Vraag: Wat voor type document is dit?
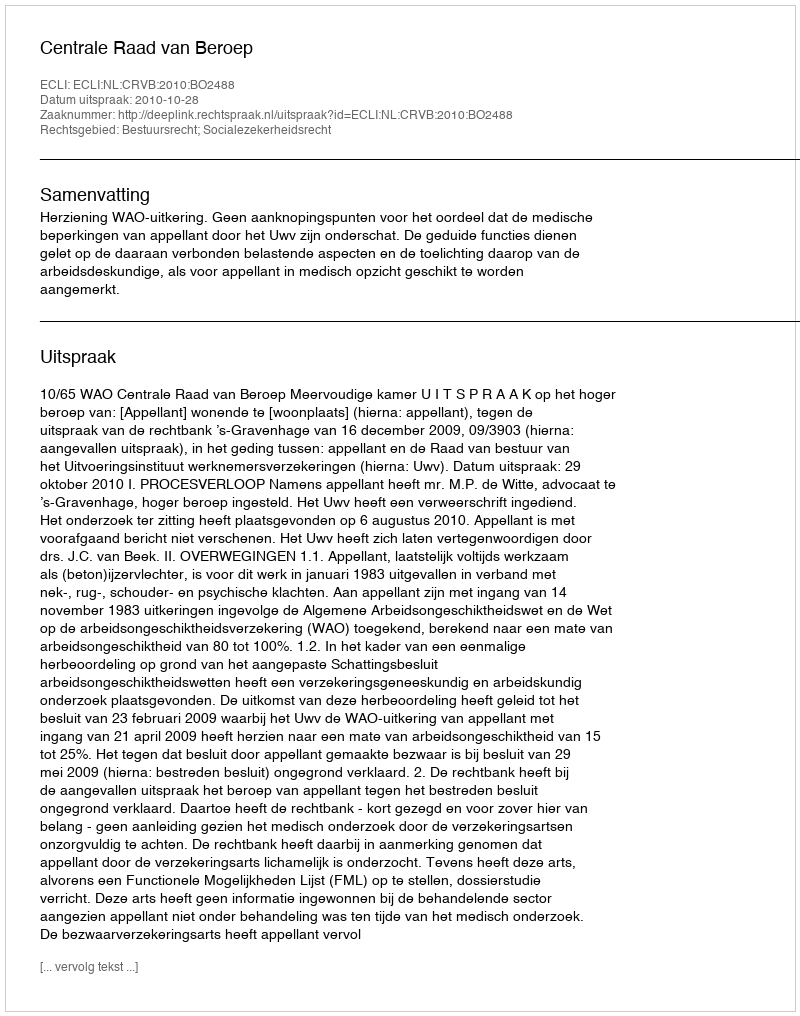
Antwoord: Uitspraak